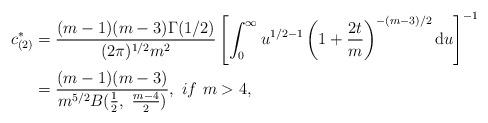
LaTeX: \begin{align*} c_{(2)}^{\ast}&=\frac{(m-1)(m-3)\Gamma(1/2)}{(2\pi)^{1/2}m^{2}}\left[\int_{0}^{\infty}u^{1/2-1}\left(1+\frac{2t}{m}\right)^{-(m-3)/2}\mathrm{d}u\right]^{-1}\\ &=\frac{(m-1)(m-3)}{m^{5/2}B(\frac{1}{2},~\frac{m-4}{2})},~if~m>4, \end{align*}